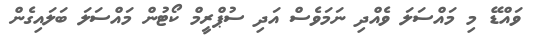
ވައްޑޭ މި މައްސަލަ ވެއްދި ނަމަވެސް އަދި ސުޕްރީމް ކޯޓުން މައްސަލަ ބަލައިގެން